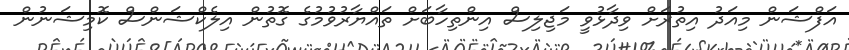
އަފްޝަން މިއަދު އިތުރަށް ވިދާޅުވީ މަޖިލިސް އިންތިހާބަށް ތައްޔާރުވުމުގެ ގޮތުން އިލެކްޝަންސް ކޮމިޝަނުން